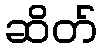
ဆိတ်